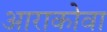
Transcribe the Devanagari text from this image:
आराकोवा